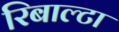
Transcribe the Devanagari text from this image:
रिबाल्टा